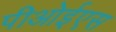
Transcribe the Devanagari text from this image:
पीओईएस